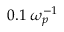
0 . 1 \; \omega _ { p } ^ { - 1 }